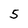
Character: 5